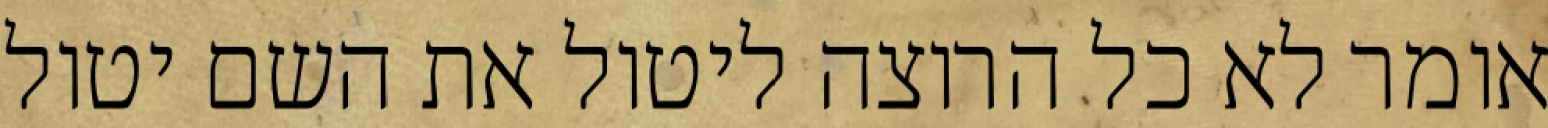
אומר לא כל הרוצה ליטול את השם יטול